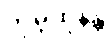
ကုမ္ဘထုနန္တိ